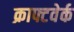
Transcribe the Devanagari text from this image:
क्राफ्टवेर्क